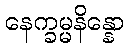
နေက္ခမ္မနိန္နော